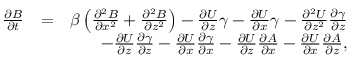
\begin{array} { r l r } { \frac { \partial B } { \partial t } } & { = } & { \beta \left( { \frac { \partial ^ { 2 } B } { \partial x ^ { 2 } } + \frac { \partial ^ { 2 } B } { \partial z ^ { 2 } } } \right) - \frac { \partial U } { \partial z } \gamma - \frac { \partial U } { \partial x } \gamma - \frac { \partial ^ { 2 } U } { \partial z ^ { 2 } } \frac { \partial \gamma } { \partial z } } \\ & { } & { - \frac { \partial U } { \partial z } \frac { \partial \gamma } { \partial z } - \frac { \partial U } { \partial x } \frac { \partial \gamma } { \partial x } - \frac { \partial U } { \partial z } \frac { \partial A } { \partial x } - \frac { \partial U } { \partial x } \frac { \partial A } { \partial z } , } \end{array}